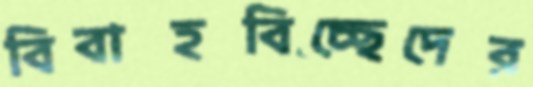
বিবাহবিচ্ছেদের